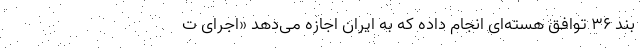
بند 36 توافق هسته‌ای انجام داده که به ایران اجازه می‌دهد «اجرای ت